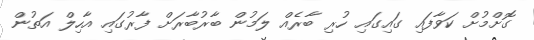
ގޮށްމުށް ކަވާފައި ގައިގައި ހުރި ބާރެއް ލަމުން ބާރުބާރަށް ފާރުގައި އާހިލް އަތުން